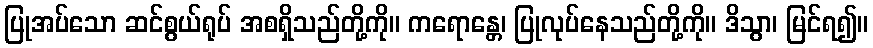
ပြုအပ်သော ဆင်စွယ်ရုပ် အစရှိသည်တို့ကို။ ကရောန္တေ၊ ပြုလုပ်နေသည်တို့ကို။ ဒိသွာ၊ မြင်ရ၍။